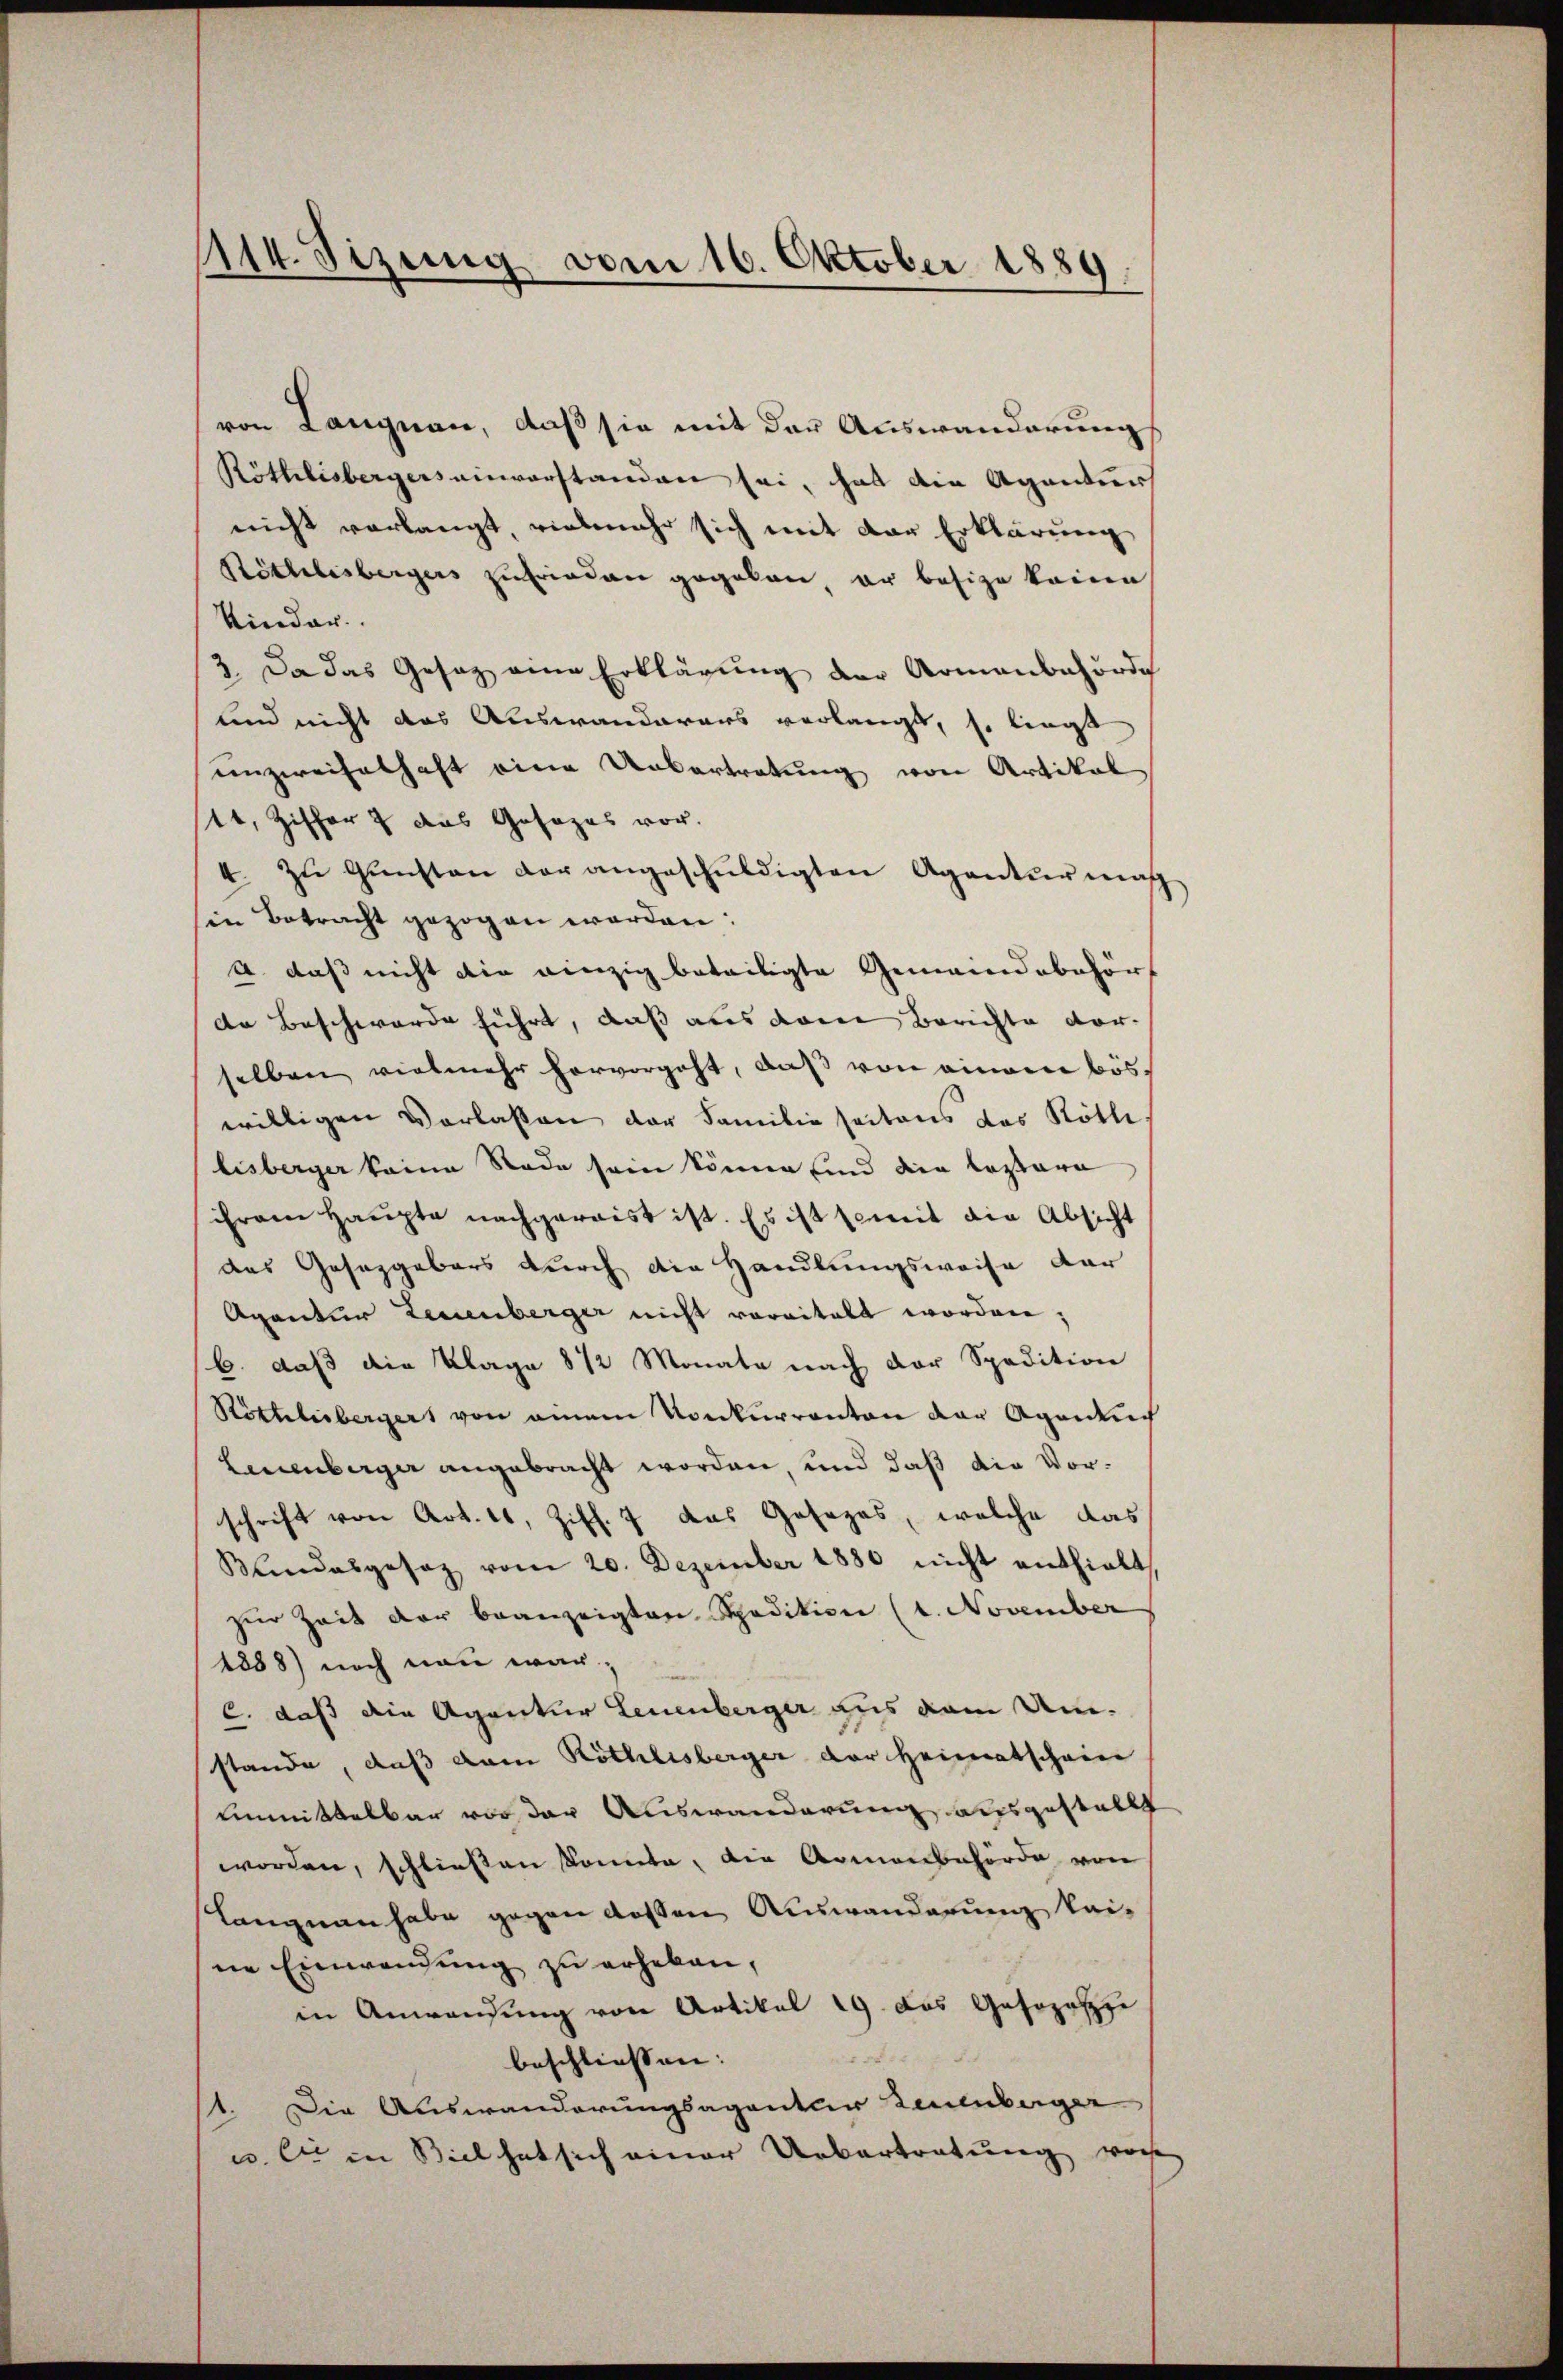
1114. Sizung vom 16. Oktober 1889.

von Langnau, daß sie mit der Auswanderung
Röthlisbergers einverstanden sei, hat die Agentur
nicht verlangt, vielmehr sich mit der Erklärung
Röthlisbergers zufrieden gegeben er besige keinen
Kinder
2. Da das Gesatz eine Erklärŭng der Armenbehörde
und nicht das Auswanderars verlangt, so liegt
unzweifelhaft eine Uebertretung von Artikal
144, Ziffer & das Gesezes vor.
zu Gunsten der angeschuldigten Agenturmas
.
in Betracht gezogen worden:
A. daß nicht die einzig beteiligte Gemeindebehört
de Beschwerde führt, daß aus dem Berichte vor-
selben vielmehr hervorgeht, daß von einem böswilligen Vorlassen der Familie seitens das Röthe.
lisberger keine Rade sein könne sind die leztere
ihrem Haupte nachgeraist ist. Es ist semit die Absicht
das Gesetzgebers durch die Handlungsweise der
Agentur Leuenberger nicht vervitalt worden;
b. daß die Klage 8 1/2 Monate nach der Spedition
Röthlisbergers von einem Konkurranton der Agentuch
Leuenberger angebracht worden, und daß die Vorschrift von Art. 11, Ziff. 7 das Gesezes, welche das
Blindesgesetz vom 20. Dezember 1880 nicht enthielt.
zur Zeit der beanzeigten Spedition (1. November
1888) noch nun war,
C. daß die Agentur Leuenberger aus dem Um-
stande, daß dem Röthlisberger der Heimatschein
Einmittelbar vor der Auswanderung ausgestellt
worden, schließen konnte, die Armenbehörde von
Langnau habe gegen dessen Auswanderung keine Einwendung zu erheben,
in Anwendung von Artikel 19. Das Gasozi
xx
beschliessen:
11. Die Auswanderungsagentur Leuenberger
u. sie in Biel hat sich einer Uebertretung vorhe